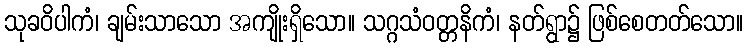
သုခဝိပါကံ၊ ချမ်းသာသော အကျိုးရှိသော။ သဂ္ဂသံဝတ္တနိကံ၊ နတ်ရွာ၌ ဖြစ်စေတတ်သော။